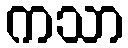
ကသာ